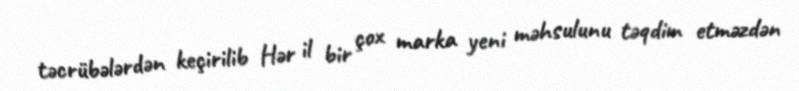
təcrübələrdən keçirilib Hər il bir çox marka yeni məhsulunu təqdim etməzdən